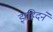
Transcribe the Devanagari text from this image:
झहिदने